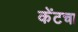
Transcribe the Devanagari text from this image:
केंटचा